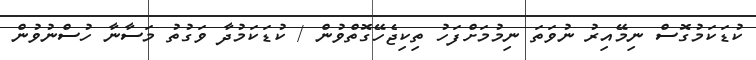
ކުޑަކަމުގޮސް ނިމޭއިރު ނުވަތަ ނިމުމަށްފަހު ތިކިޖެހޭގޮތްވުން / ކުޑަކަމުދާ ވަގުތު މަސާނާ ހުސްނުވުން